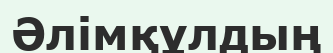
Әлімқұлдың